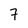
Character: 7